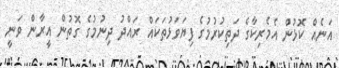
އަނެއް ކޮޅުން އެމެރިކާގެ ދަތިކުރުމުގެ ފިޔަވަޅުތަކައް ރައްދު ދިނުމުގެ ގޮތުން އީރާން ވަނީ